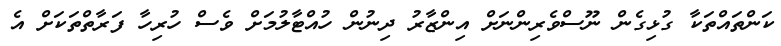
ކަންތައްތަކާ ގުޅިގެން ނޫސްވެރިންނަށް އިންޒާރު ދިނުން ހުއްޓާލުމަށް ވެސް ހުރިހާ ފަރާތްތަކަށް އެ